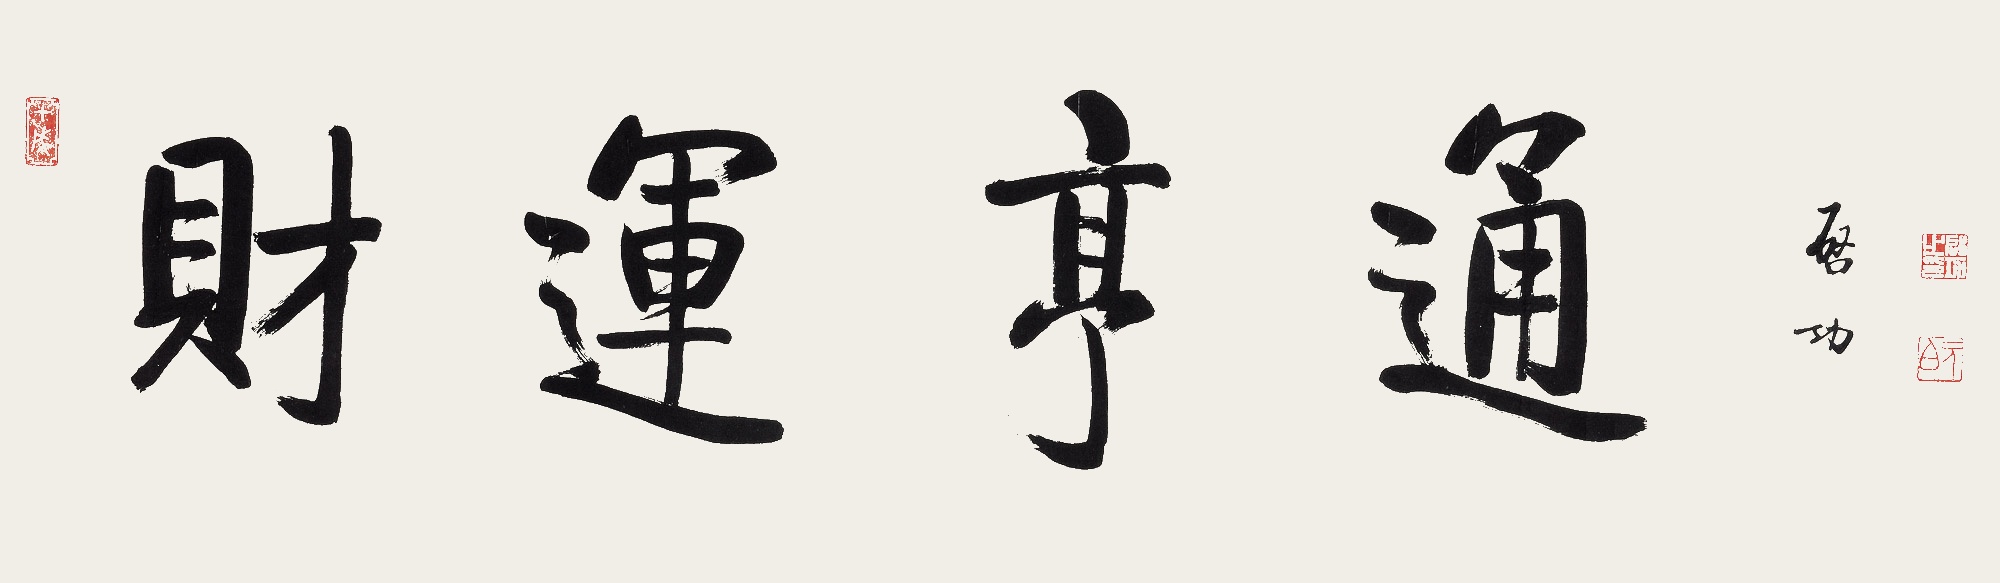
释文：财运亨通。启功。